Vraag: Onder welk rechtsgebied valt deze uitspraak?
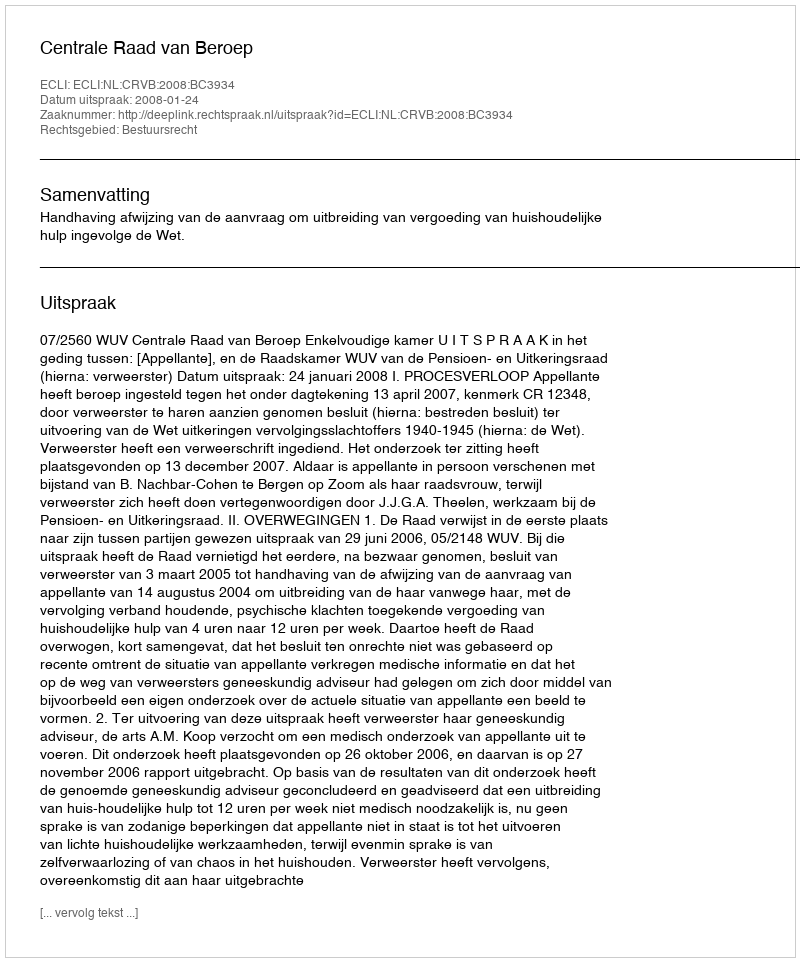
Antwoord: Bestuursrecht